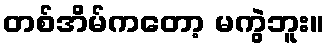
တစ်အိမ်ကတော့ မကွဲဘူး။